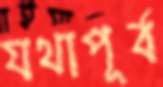
যথাপূর্ব